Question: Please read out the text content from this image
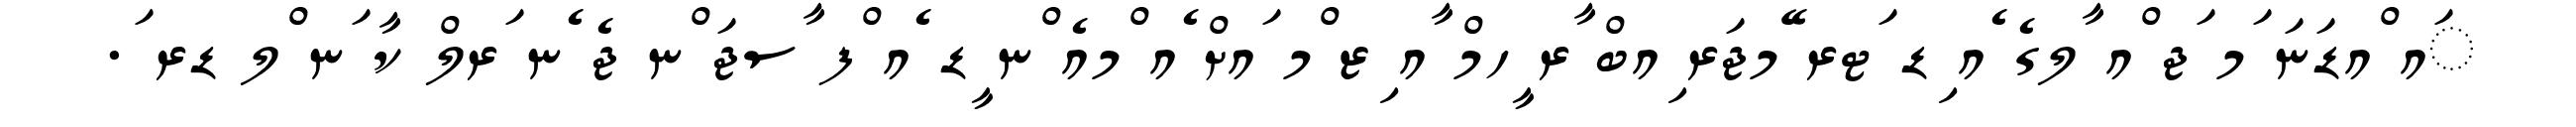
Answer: ައ ްއޑަނަ ަމ ަޖ ްއ ާލގެ ެއ ިޑ ަޓރ ޭމޖަރ ިއބް ާރ ީހމް ާއ ިޒ ްމ ައށް ެއ ްމއެ ްނ ީޑ ެއ ްފ ާސޖަ ްނ ޖެ ެނ ަރލް ކާ ަނ ްލ ޑރ ަ.